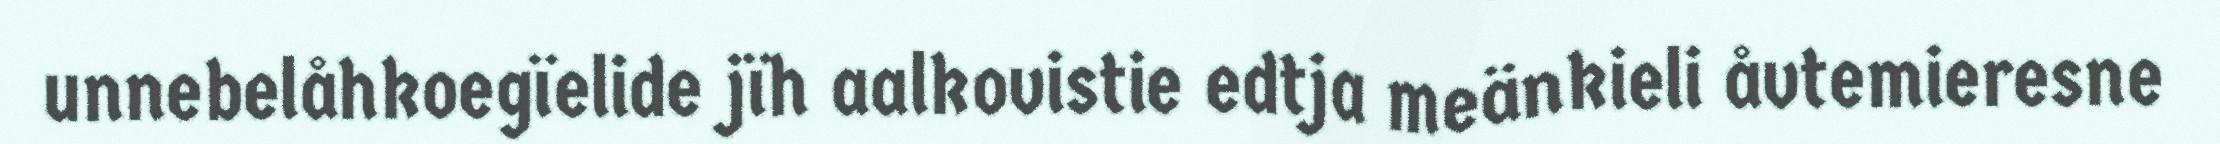
unnebelåhkoegïelide jïh aalkovistie edtja meänkieli åvtemieresne